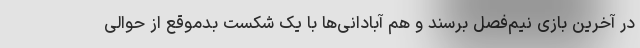
در آخرین بازی نیم‌فصل برسند و هم آبادانی‌ها با یک شکست بدموقع از حوالی